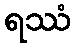
ရဿံ